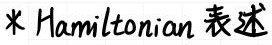
* Hamiltonian 表述